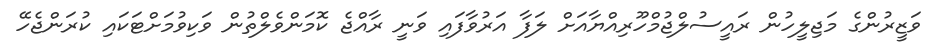
ވަޒީރުންގެ މަޖިލީހުން ރައީސުލްޖުމްހޫރިއްޔާއަށް ލަފާ އަރުވާފައި ވަނީ ރާއްޖެ ކޮމަންވެލްތުން ވަކިވުމަށްޓަކައި ކުރަންޖެހޭ